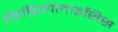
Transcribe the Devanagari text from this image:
फिब्रिनोलाइसिस